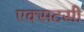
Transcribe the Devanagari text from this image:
एक्सटसी